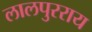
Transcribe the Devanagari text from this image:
लालपुरराय